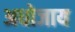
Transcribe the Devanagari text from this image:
अधोजाय